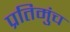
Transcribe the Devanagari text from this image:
प्रतिमुंच